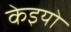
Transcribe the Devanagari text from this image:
केइयो